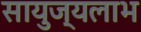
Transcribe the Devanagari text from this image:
सायुज्यलाभ